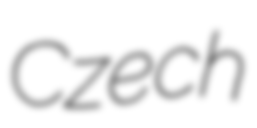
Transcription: Czech